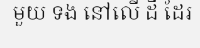
មួយ ទង នៅលើ ដី ដែរ